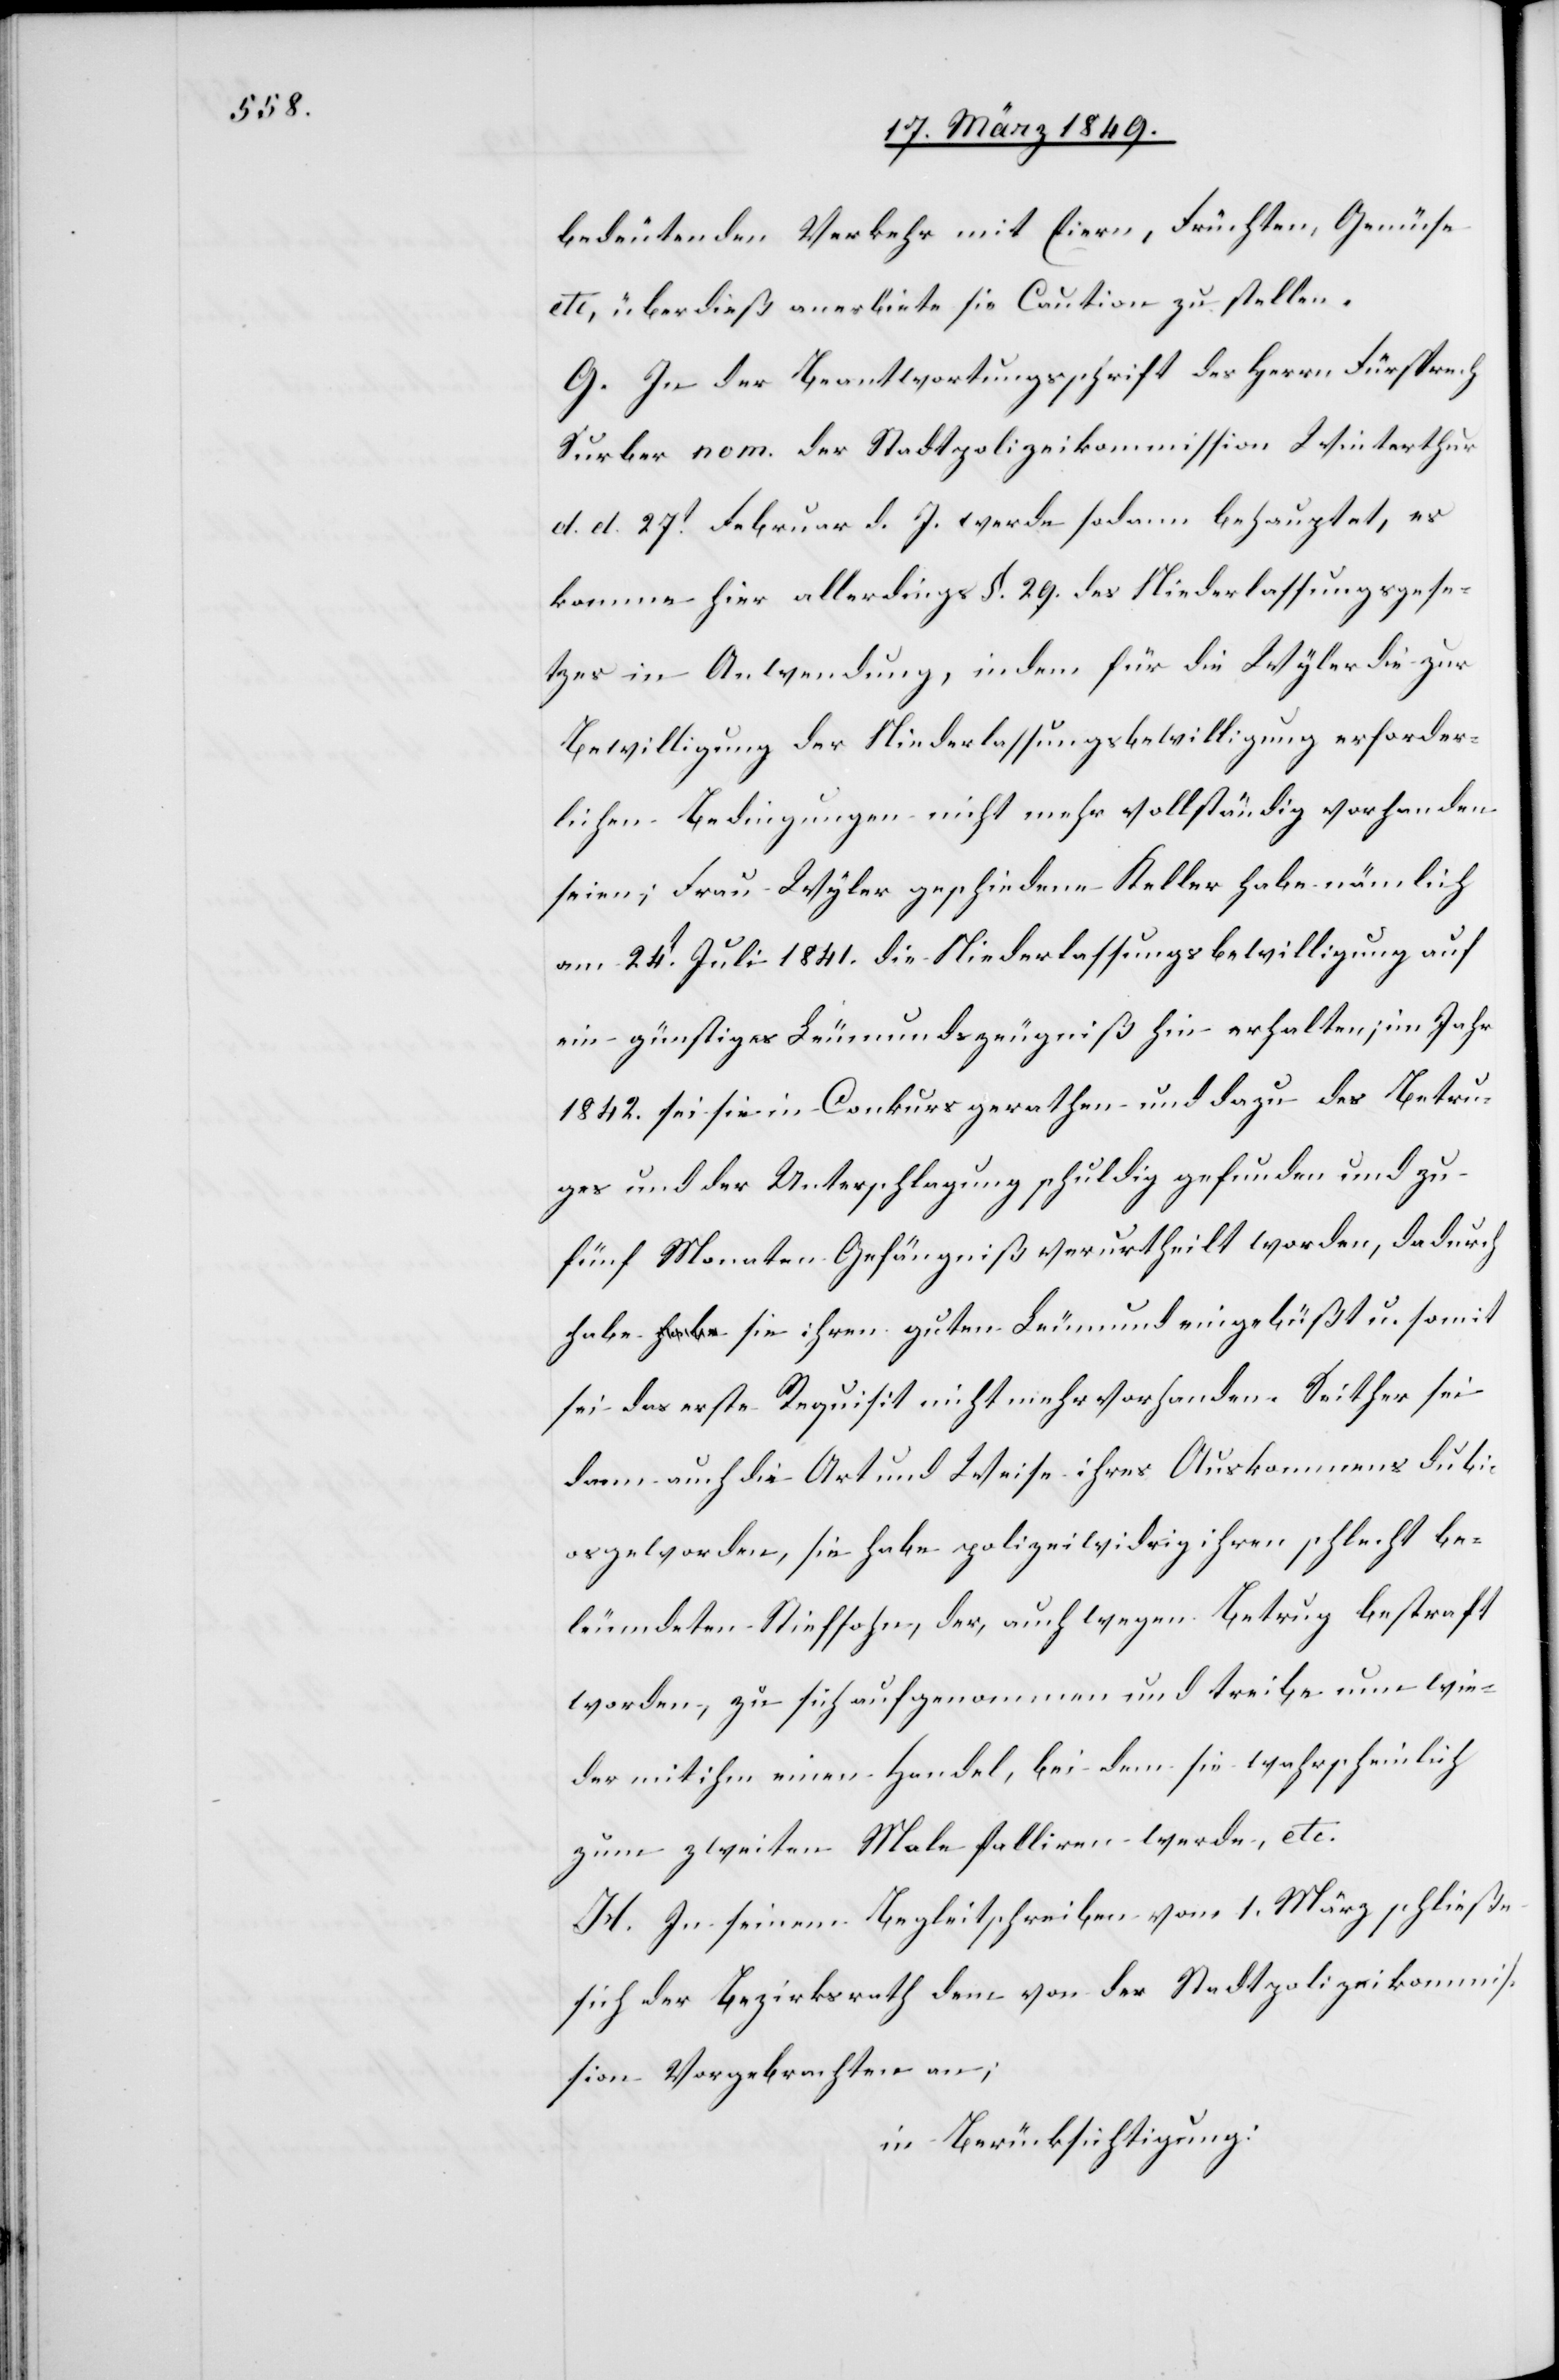
bedeutenden Verkehr mit Eiern, Früchten, Gemüse
etc, überdieß anerbiete sie Caution zu stellen.
G. In der Beantwortungsschrift des Herrn Fürsprech
Surber nom. der Stadtpolizeikommission Winterthur
d. d. 27t. Februar d. J. werde sodann behauptet, es
komme hier allerdings §. 29. des Niederlassungsgese¬
tzes in Anwendung, indem für die Wyler die zur
Bewilligung der Niederlassungsbewilligung erforder¬
lichen Bedingungen nicht mehr vollständig vorhanden
seien; Frau Wyler geschiedene Keller habe nämlich
am 24t. Juli 1841. die Niederlassungsbewilligung auf
ein günstiges Leumundszeugniß hin erhalten; im Jahr
1842. sei sie in Conkurs gerathen und dazu des Betru¬
ges und der Unterschlagung schuldig gefunden und zu
fünf Monaten Gefängniß verurtheilt worden, dadurch
habe sie ihren guten Leumund eingebüßt u. somit
sei das erste Requisit nicht mehr vorhanden. Seither sei
dann auch die Art und Weise ihres Auskommens dubi¬
os geworden, sie habe polizeiwidrig ihren schlecht be¬
leumdeten Stiefsohn, der, auch wegen Betrug bestraft
worden, zu sich aufgenommen und treibe nun wie¬
der mit ihm einen Handel, bei dem sie wahrscheinlich
zum zweiten Male falliren werde, etc.
H. In seinem Begleitschreiben vom 1. März schließe
sich der Bezirksrath dem von der Stadtpolizeikommis¬
sion Vorgebrachten an;
in Berücksichtigung: